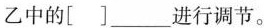
乙中的[]___进行调节。